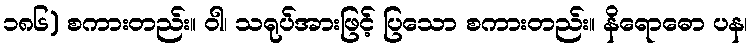
၁၈၆) စကားတည်း။ ဝါ၊ သရုပ်အားဖြင့် ပြသော စကားတည်း။ နိရောဓော ပန၊